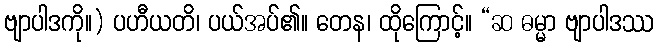
ဗျာပါဒကို။) ပဟီယတိ၊ ပယ်အပ်၏။ တေန၊ ထိုကြောင့်။ “ဆ ဓမ္မာ ဗျာပါဒဿ